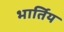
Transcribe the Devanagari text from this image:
भार्तिय